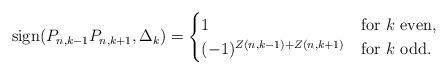
LaTeX: \begin{align*}\mathrm{sign}(P_{n,k-1} P_{n,k+1},\Delta_{k})=\begin{cases}1 & \mbox{for}\,\,k\,\,\mbox{even},\\(-1)^{Z(n,k-1)+Z(n,k+1)} & \mbox{for}\,\,k\,\,\mbox{odd}.\end{cases}\end{align*}